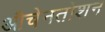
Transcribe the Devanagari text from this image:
औचेनतोशन